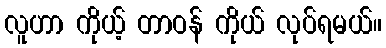
လူဟာ ကိုယ့် တာဝန် ကိုယ် လုပ်ရမယ်။